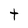
Character: t